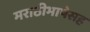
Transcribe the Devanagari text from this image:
मराठीभाषेसह